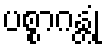
ပစ္စာဂန္တုံ